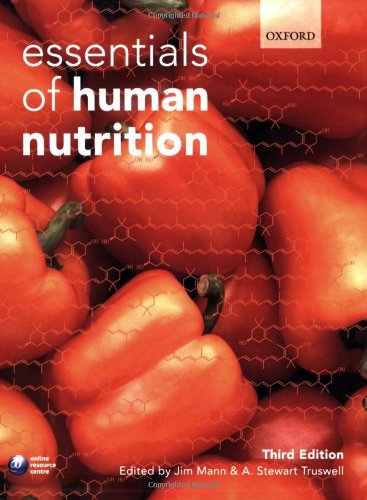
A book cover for Essentials of Human Nutrition; Medical Books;